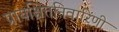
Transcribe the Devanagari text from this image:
प्रायश्चित्तनिवारिणी